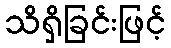
သိရှိခြင်းဖြင့်